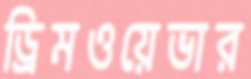
ড্রিমওয়েভার